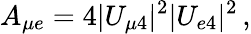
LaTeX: A_{{\mu}e}=4|U_{\mu 4}|^{2}|U_{e4}|^{2}\, ,